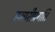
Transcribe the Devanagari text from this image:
हमारीप्रगति